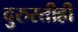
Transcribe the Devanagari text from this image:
दुरुस्तीही